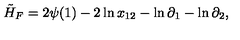
\tilde { H } _ { F } = 2 \psi ( 1 ) - 2 \ln x _ { 1 2 } - \ln \partial _ { 1 } - \ln \partial _ { 2 } ,